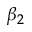
\beta _ { 2 }